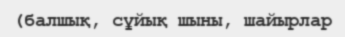
(балшық, сұйық шыны, шайырлар